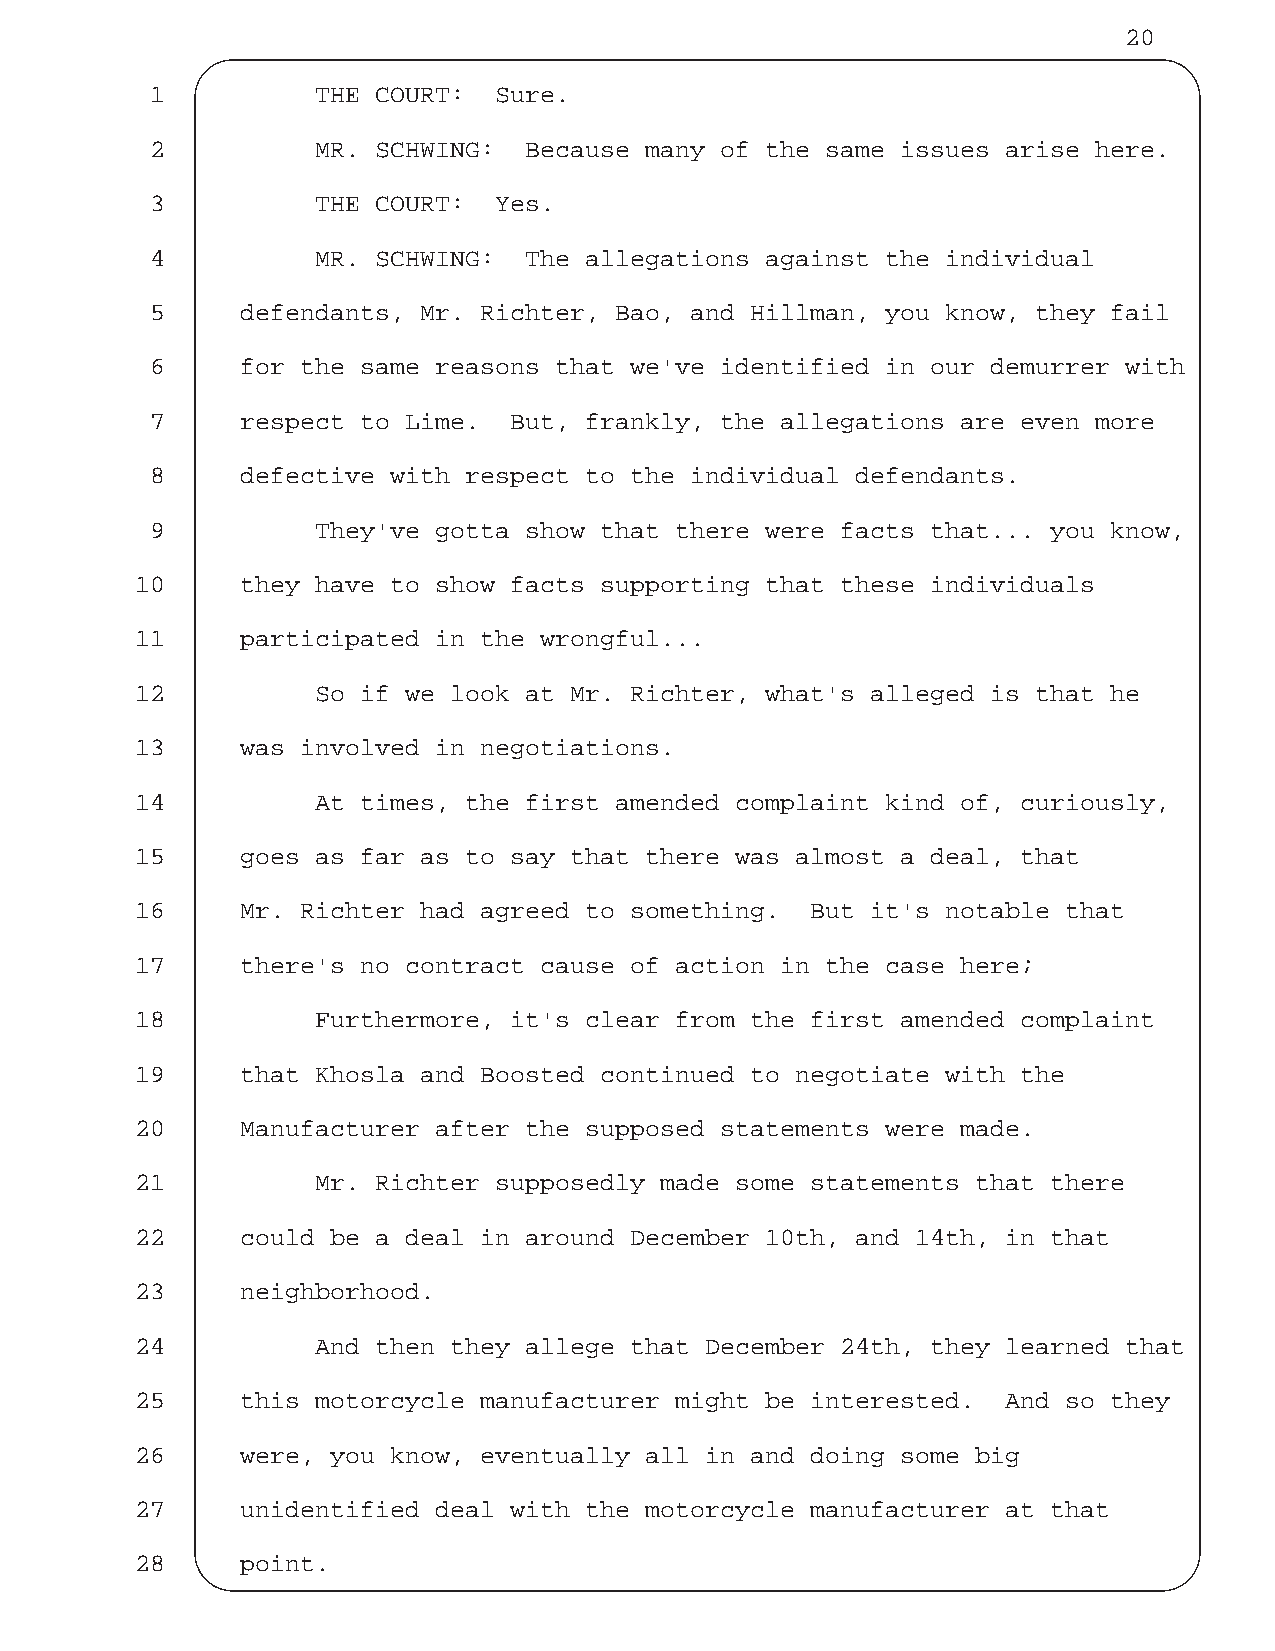
20
 1          THE COURT:  Sure.
 2          MR. SCHWING:  Because many of the same issues arise here.
 3          THE COURT:  Yes.
 4          MR. SCHWING:  The allegations against the individual
 5     defendants, Mr. Richter, Bao, and Hillman, you know, they fail
 6     for the same reasons that we've identified in our demurrer with
 7     respect to Lime.  But, frankly, the allegations are even more
 8     defective with respect to the individual defendants.
 9          They've gotta show that there were facts that... you know,
 10     they have to show facts supporting that these individuals
 11     participated in the wrongful...
 12          So if we look at Mr. Richter, what's alleged is that he
 13     was involved in negotiations.
 14          At times, the first amended complaint kind of, curiously,
 15     goes as far as to say that there was almost a deal, that
 16     Mr. Richter had agreed to something.  But it's notable that
 17     there's no contract cause of action in the case here;
 18          Furthermore, it's clear from the first amended complaint
 19     that Khosla and Boosted continued to negotiate with the
 20     Manufacturer after the supposed statements were made.
 21          Mr. Richter supposedly made some statements that there
 22     could be a deal in around December 10th, and 14th, in that
 23     neighborhood.
 24          And then they allege that December 24th, they learned that
 25     this motorcycle manufacturer might be interested.  And so they
 26     were, you know, eventually all in and doing some big
 27     unidentified deal with the motorcycle manufacturer at that
 28     point.